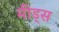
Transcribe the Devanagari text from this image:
मीड्स